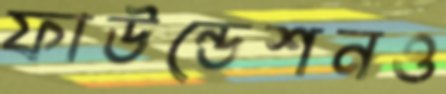
ফাউন্ডেশনও